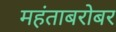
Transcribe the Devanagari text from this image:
महंताबरोबर